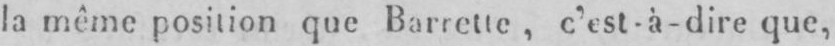
la même position que Barrette, c’est à-dire que,